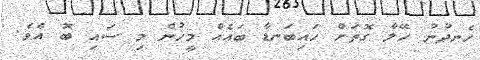
ހެނދުނު ހޭލާ ގޮތަށް ހައިބަނޑާ ބައެއް މީހުން މި ސައި ބޮ އެވެ.